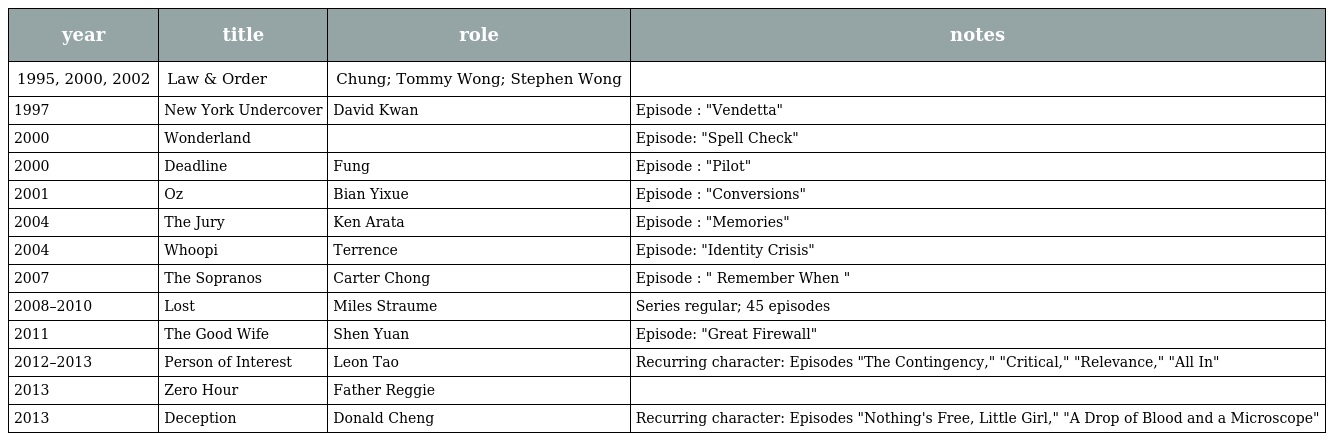
| year | title | role | notes |
 | --- | --- | --- | --- |
 | 1995, 2000, 2002 | Law & Order | Chung; Tommy Wong; Stephen Wong |  |
 | 1997 | New York Undercover | David Kwan | Episode : "Vendetta" |
 | 2000 | Wonderland |  | Episode: "Spell Check" |
 | 2000 | Deadline | Fung | Episode : "Pilot" |
 | 2001 | Oz | Bian Yixue | Episode : "Conversions" |
 | 2004 | The Jury | Ken Arata | Episode : "Memories" |
 | 2004 | Whoopi | Terrence | Episode: "Identity Crisis" |
 | 2007 | The Sopranos | Carter Chong | Episode : " Remember When " |
 | 2008–2010 | Lost | Miles Straume | Series regular; 45 episodes |
 | 2011 | The Good Wife | Shen Yuan | Episode: "Great Firewall" |
 | 2012–2013 | Person of Interest | Leon Tao | Recurring character: Episodes "The Contingency," "Critical," "Relevance," "All In" |
 | 2013 | Zero Hour | Father Reggie |  |
 | 2013 | Deception | Donald Cheng | Recurring character: Episodes "Nothing's Free, Little Girl," "A Drop of Blood and a Microscope" |